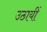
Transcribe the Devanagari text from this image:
उठायीं